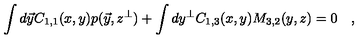
\int d \vec { y } C _ { 1 , 1 } ( x , y ) p ( \vec { y } , z ^ { \bot } ) + \int d y ^ { \bot } C _ { 1 , 3 } ( x , y ) M _ { 3 , 2 } ( y , z ) = 0 \quad ,